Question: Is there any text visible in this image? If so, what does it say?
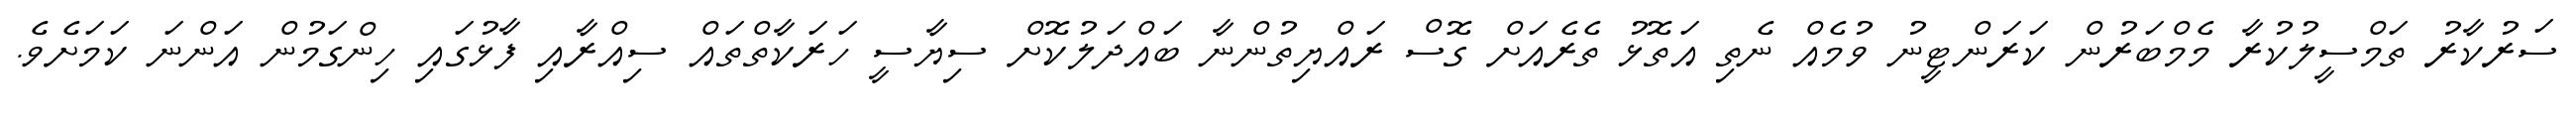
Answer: ސަރުކާރު ތަމްސީލުކުރާ މެމްބަރުން ކަރަންޓީނު ވުމެއް ނެތި އަތޮޅު ތެރެއަށް ގޮސް ރައްޔިތުންނާ ބައްދަލުކޮށް ސިޔާސީ ހަރަކާތްތައް ސިއްރާއި ފާޅުގައި ހިންގަމުން އަންނަ ކަމަށެވެ.